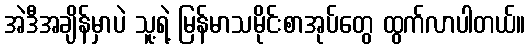
အဲဒီအချိန်မှာပဲ သူ့ရဲ့ မြန်မာသမိုင်းစာအုပ်တွေ ထွက်လာပါတယ်။